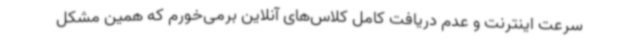
سرعت اینترنت و عدم دریافت کامل کلاس‌های آنلاین برمی‌خورم که همین مشکل